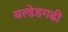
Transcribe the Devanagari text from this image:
बल्डेङगढी